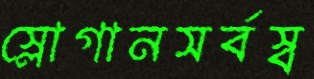
স্লোগানসর্বস্ব